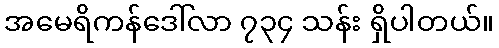
အမေရိကန်ဒေါ်လာ ၇၃၄ သန်း ရှိပါတယ်။